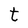
Character: t